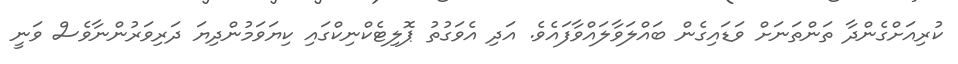
ކުރިއަށްގެންދާ ތަންތަނަށް ވަޑައިގެން ބައްލަވާލައްވާފައެވެ. އަދި އެވަގުތު ޕޮލިޓެކްނިކްގައި ކިޔަވަމުންދިޔަ ދަރިވަރުންނާވެސް ވަނީ